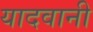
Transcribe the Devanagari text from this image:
यादवानी